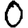
Digit: 0